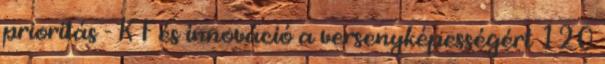
prioritás - K F és innováció a versenyképességért 120